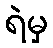
ရဲမှ